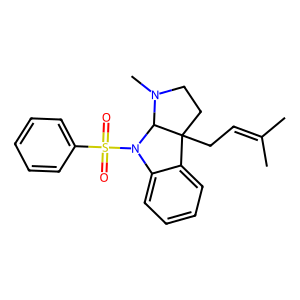
SMILES: CC(C)=CCC12CCN(C)C1N(S(=O)(=O)c1ccccc1)c1ccccc12
Inhibits HIV replication: No